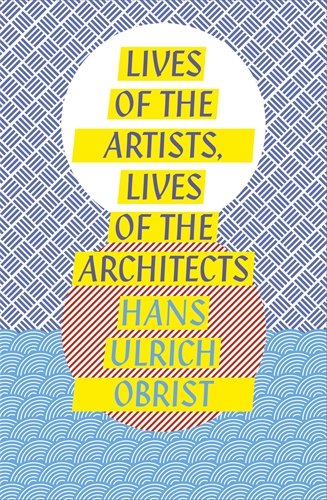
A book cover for Lives of the Artists: Conversations With Nineteen Of The World's Greatest Artists; Hans Ulrich Obrist; Crafts, Hobbies & Home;